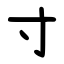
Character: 寸